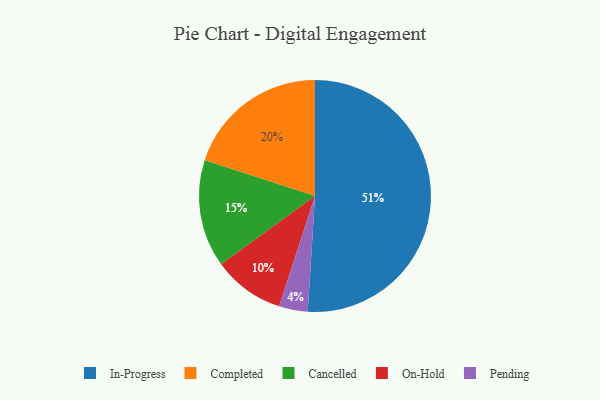
{"axis": {"x": "Category", "y": "Percentage"}, "legend": ["Cancelled", "Completed", "In-Progress", "On-Hold", "Pending"], "data": [{"x": "Cancelled", "y": 15, "type": "Cancelled"}, {"x": "In-Progress", "y": 51, "type": "In-Progress"}, {"x": "Pending", "y": 4, "type": "Pending"}, {"x": "On-Hold", "y": 10, "type": "On-Hold"}, {"x": "Completed", "y": 20, "type": "Completed"}]}